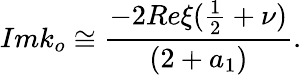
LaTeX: Imk_{o}\cong\frac{-2Re\xi(\frac{1}{2}+\nu)}{(2+a_{1})}.